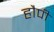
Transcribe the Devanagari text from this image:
हौपी